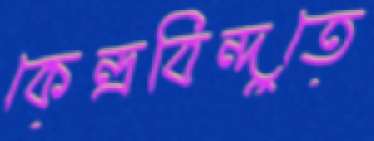
কেন্দ্রবিন্দুতে